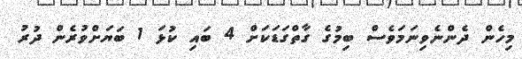
މިހެން ދެންނެވިނަމަވެސް ބިމުގެ ގާތްގަޑަކަށް 4 ބައި ކުޅަ 1 ބަޔަށްވުރެން ދުރު